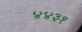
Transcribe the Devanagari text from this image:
४४३१